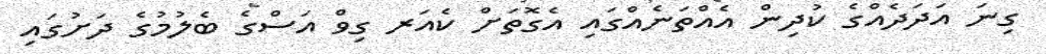
ގިނަ އަދަދެއްގެ ކުދިން އެއްތަނެއްގައި އެގޮތަށް ކެއަރ ގިވް އަސްގެ ބެލުމުގެ ދަށުގައި